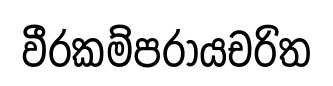
වීරකම්පරායචරිත